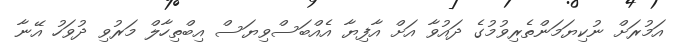
އަމުރަށް ނުކިޔަމަންތެރިވުމުގެ ދައުވާ އަށް އާފިޔާ އެއްބަސްވިޔަސް އިބްތިހާލް މަރުވި ދުވަހު އޭނާ